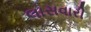
લાસવારી